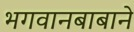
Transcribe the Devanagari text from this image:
भगवानबाबाने